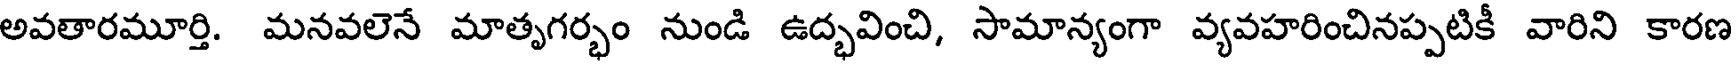
అవతారమూర్తి. మనవలెనే మాతృగర్భం నుండి ఉద్భవించి, సామాన్యంగా వ్యవహరించినప్పటికీ వారిని కారణ